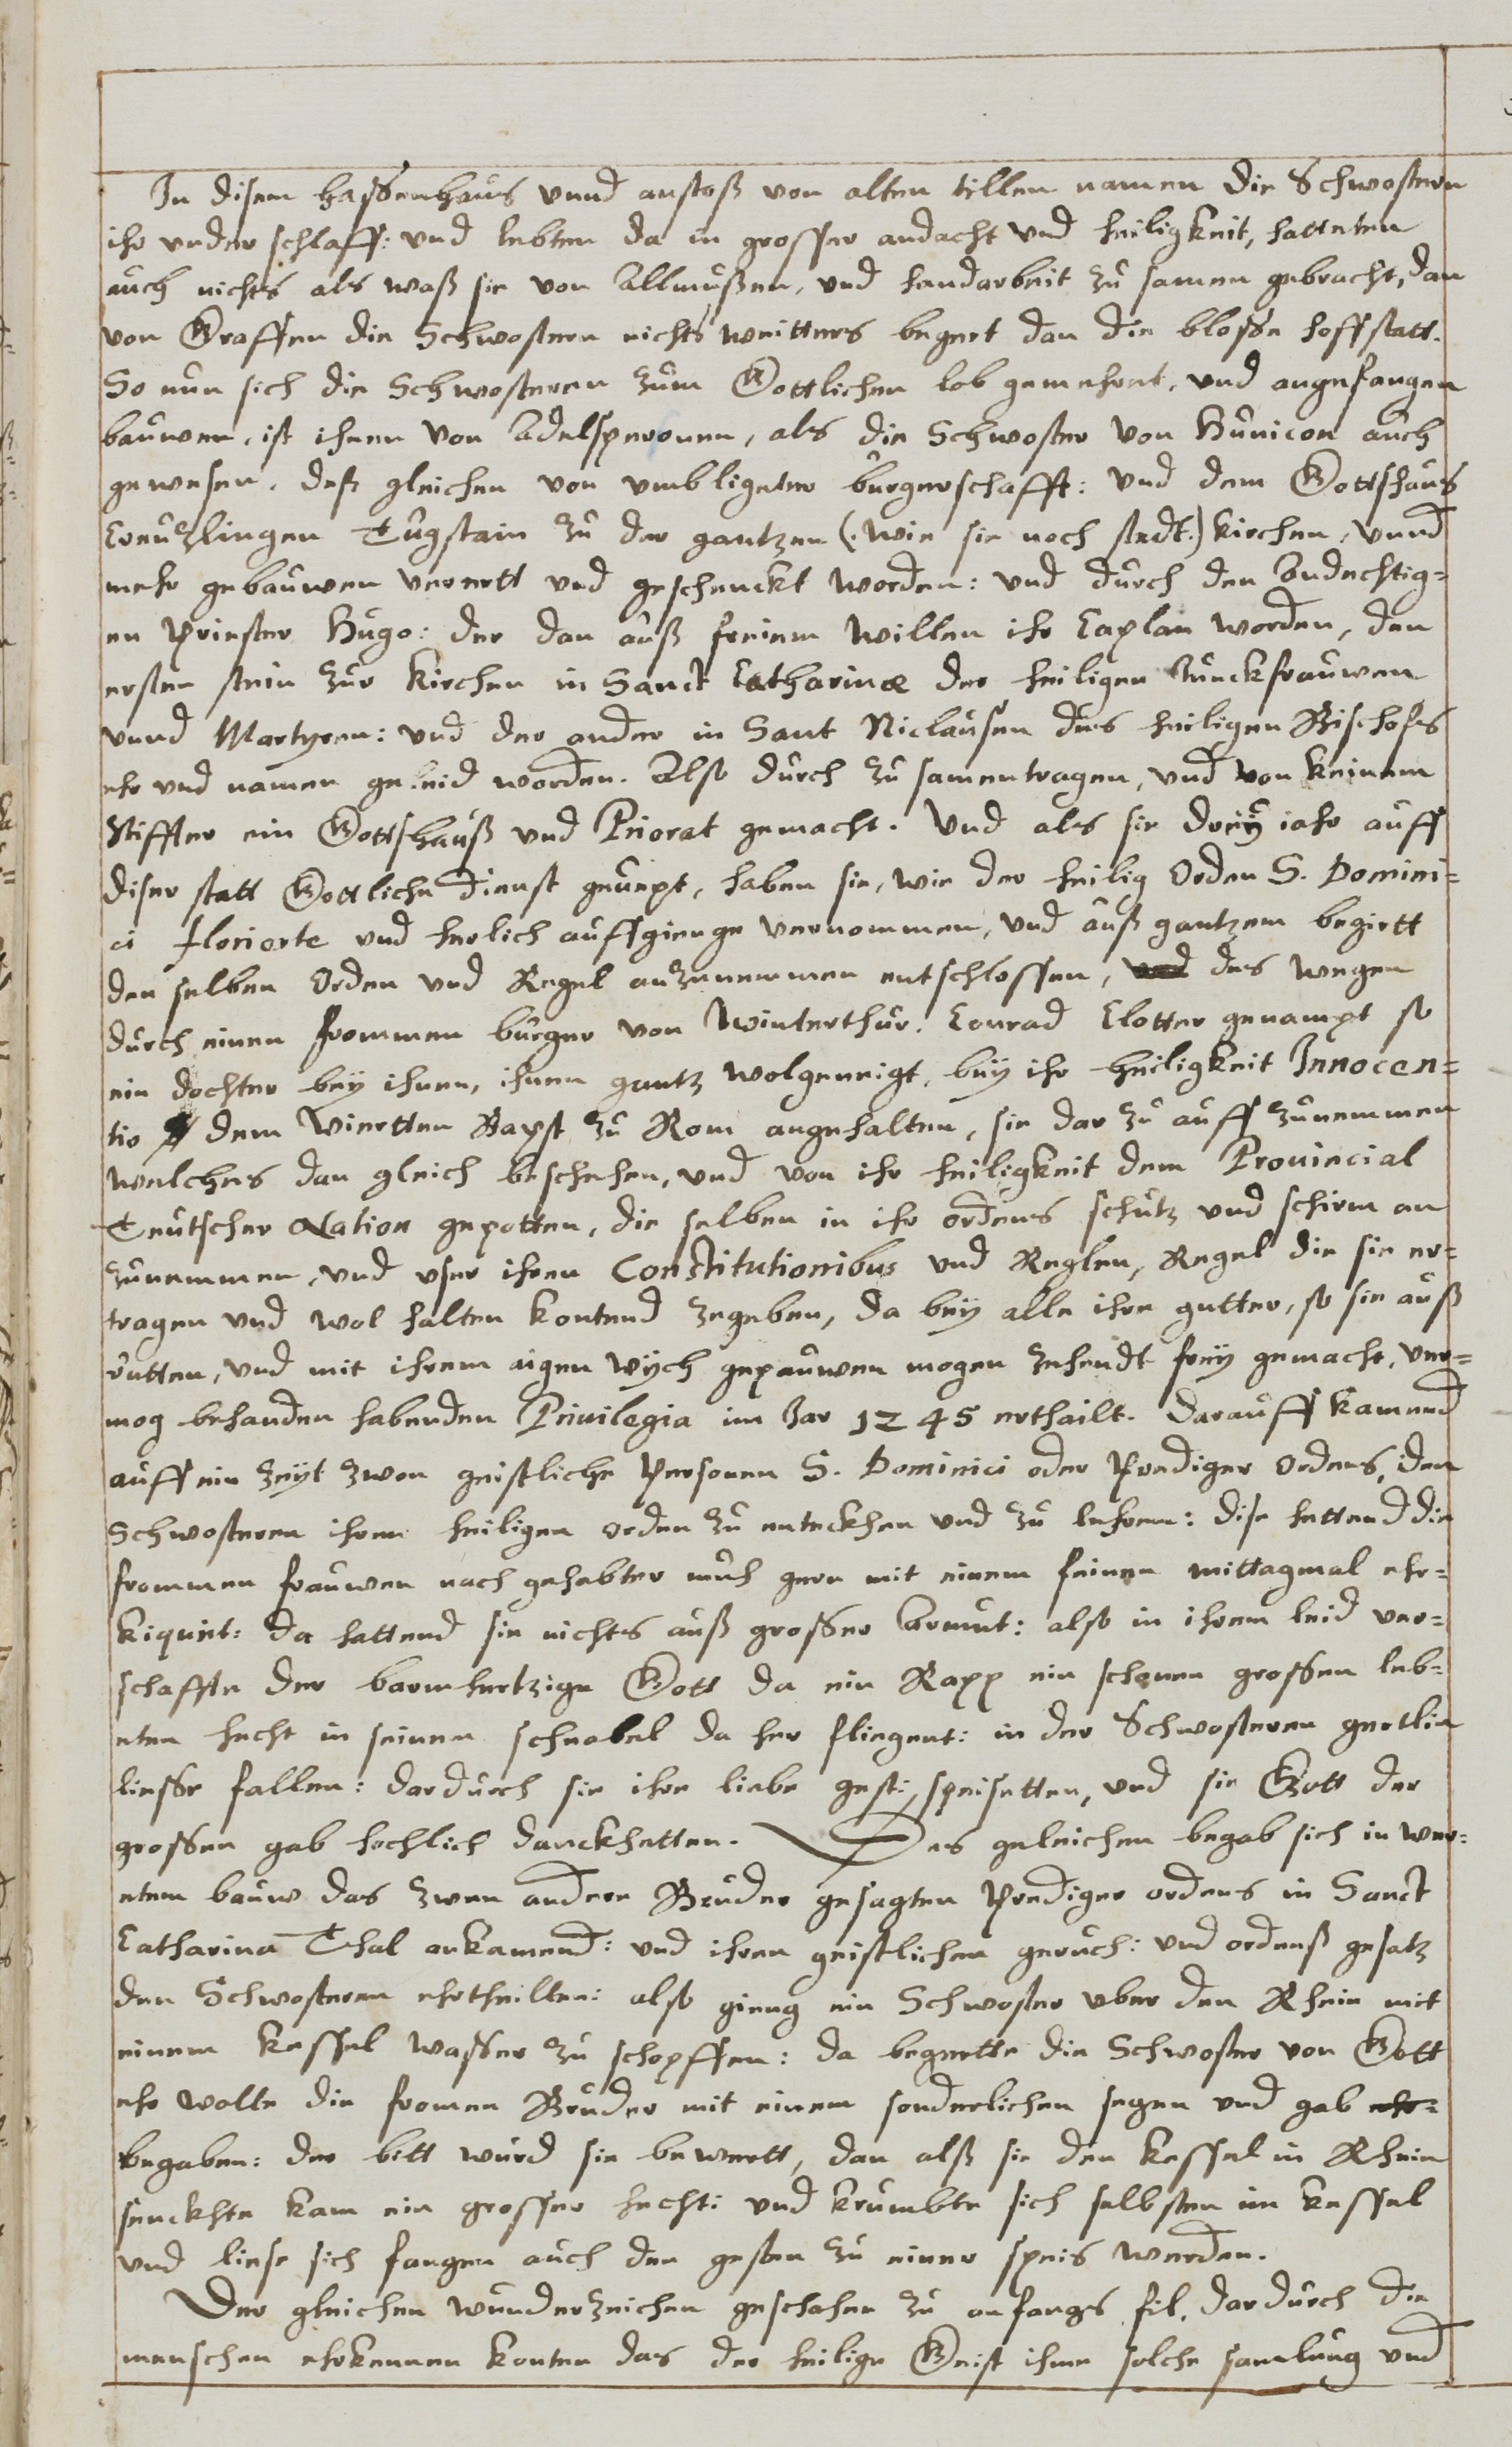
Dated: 1614–1638